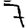
Digit: 7